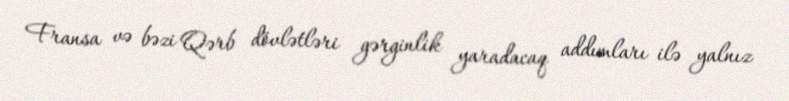
Fransa və bəzi Qərb dövlətləri gərginlik yaradacaq addımları ilə yalnız